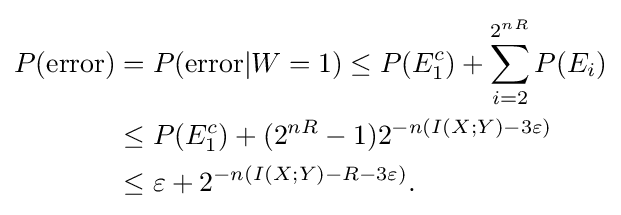
{\begin{aligned}P({\text{error}})&{}=P({\text{error}}|W=1)\leq P(E_{1}^{c})+\sum _{i=2}^{2^{nR}}P(E_{i})\\&{}\leq P(E_{1}^{c})+(2^{nR}-1)2^{-n(I(X;Y)-3\varepsilon )}\\&{}\leq \varepsilon +2^{-n(I(X;Y)-R-3\varepsilon )}.\end{aligned}}